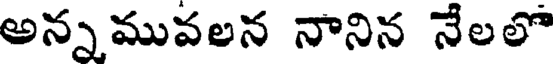
అన్నమువలన నానిన నేలలో